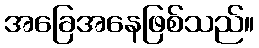
အခြေအနေဖြစ်သည်။